Medical and sanitary report on the native army of Bombay for the year
Year: 1879
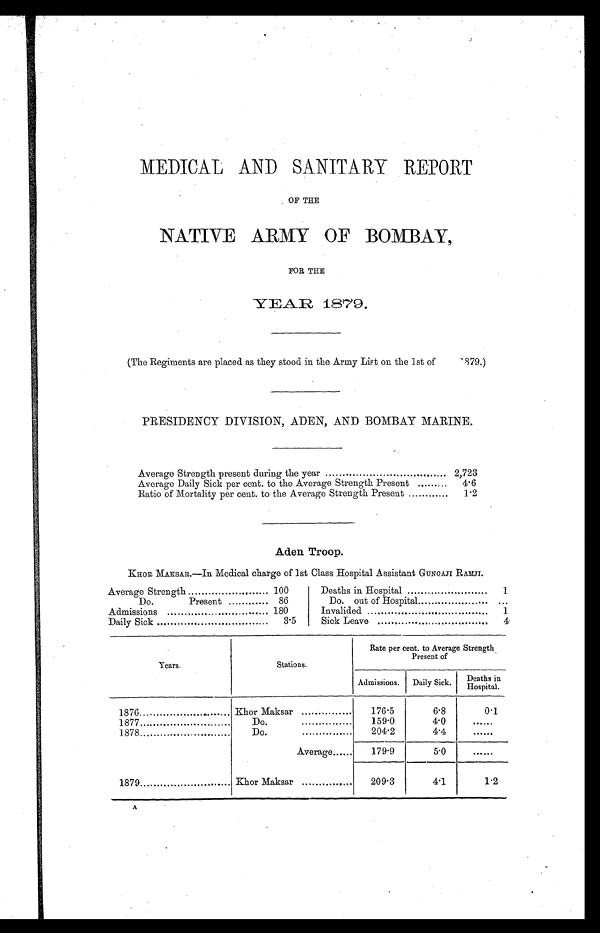
MEDICAL AND SANITARY REPORT
OF THE
NATIVE ARMY OF BOMBAY,
FOR THE
YEAR 187 9.
(The Regiments are placed as they stood in the Army List on the 1st of
1879.)
PRESIDENCY DIVISION, ADEN, AND BOMBAY MARINE.
Average Strength present during the year
2,723
Average Daily Sick per cent. to the Average Strength Present
4.6
Ratio of Mortality per cent. to the Average Strength Present
1.2
Aden Troop.
KHOR MAKSAR.—In Medical charge of 1st Class Hospital Assistant GUNGAJI RAMJI.
Average Strength
.
100
Do.
Present
86
Admissions
180
Daily Sick
3.5
Deaths in Hospital
1
Do.out of Hospital......................
. . .
Invalided
1
Sick Leave
4
Years.
Stations.
Rate per cent. to Average Strength
Present of
Admissions.
Daily Sick.
Deaths in
Hospital.
1876
.
Khor Maksar
176.5
6.8
0.1
1877
D o . . . . . . . . . . . . . . . . . .
159.0
4.0
......
1878
D o . . . . . . . . . . . . . . . . . .
204.2
4.4
......
Average......
179.9
5.0
......
1879
Khor Maksar
. ..
209.3
4.1
1.2
A